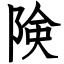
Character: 険